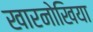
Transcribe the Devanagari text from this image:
खारनोखिया